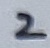
Text: 2